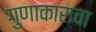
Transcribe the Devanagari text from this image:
गुणाकाराचा